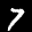
Label: 7